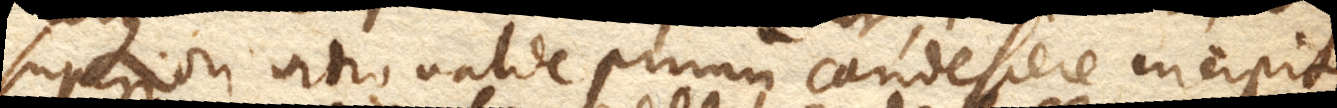
superiori vitro valde primum candescere incipit,